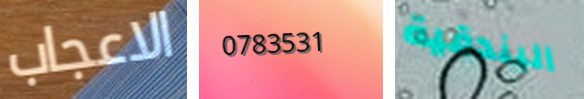
الاعجاب 0783531 البندقية